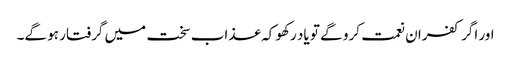
اور اگر کفران نعمت کرو گے تو یاد رکھو کہ عذاب سخت میں گرفتار ہو گے۔